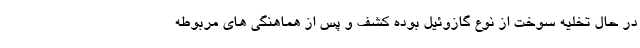
در حال تخلیه سوخت از نوع گازوئیل بوده کشف و پس از هماهنگی های مربوطه